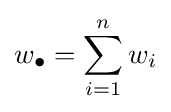
w_{\bullet }=\sum _{i=1}^{n}w_{i}